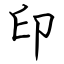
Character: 印